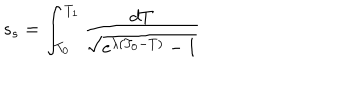
s _ { s } = \int _ { T _ { 0 } } ^ { T _ { 1 } } \frac { d T } { \sqrt { e ^ { \lambda ( T _ { 0 } - T ) } - 1 } }